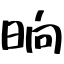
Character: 晌